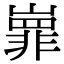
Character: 㠑